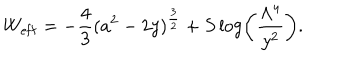
LaTeX: W _ { \mathrm { e f f } } = - \frac { 4 } { 3 } ( a ^ { 2 } - 2 y ) ^ { \frac { 3 } { 2 } } + S \log \left( \frac { \Lambda ^ { 4 } } { y ^ { 2 } } \right) .